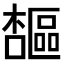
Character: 𪴋